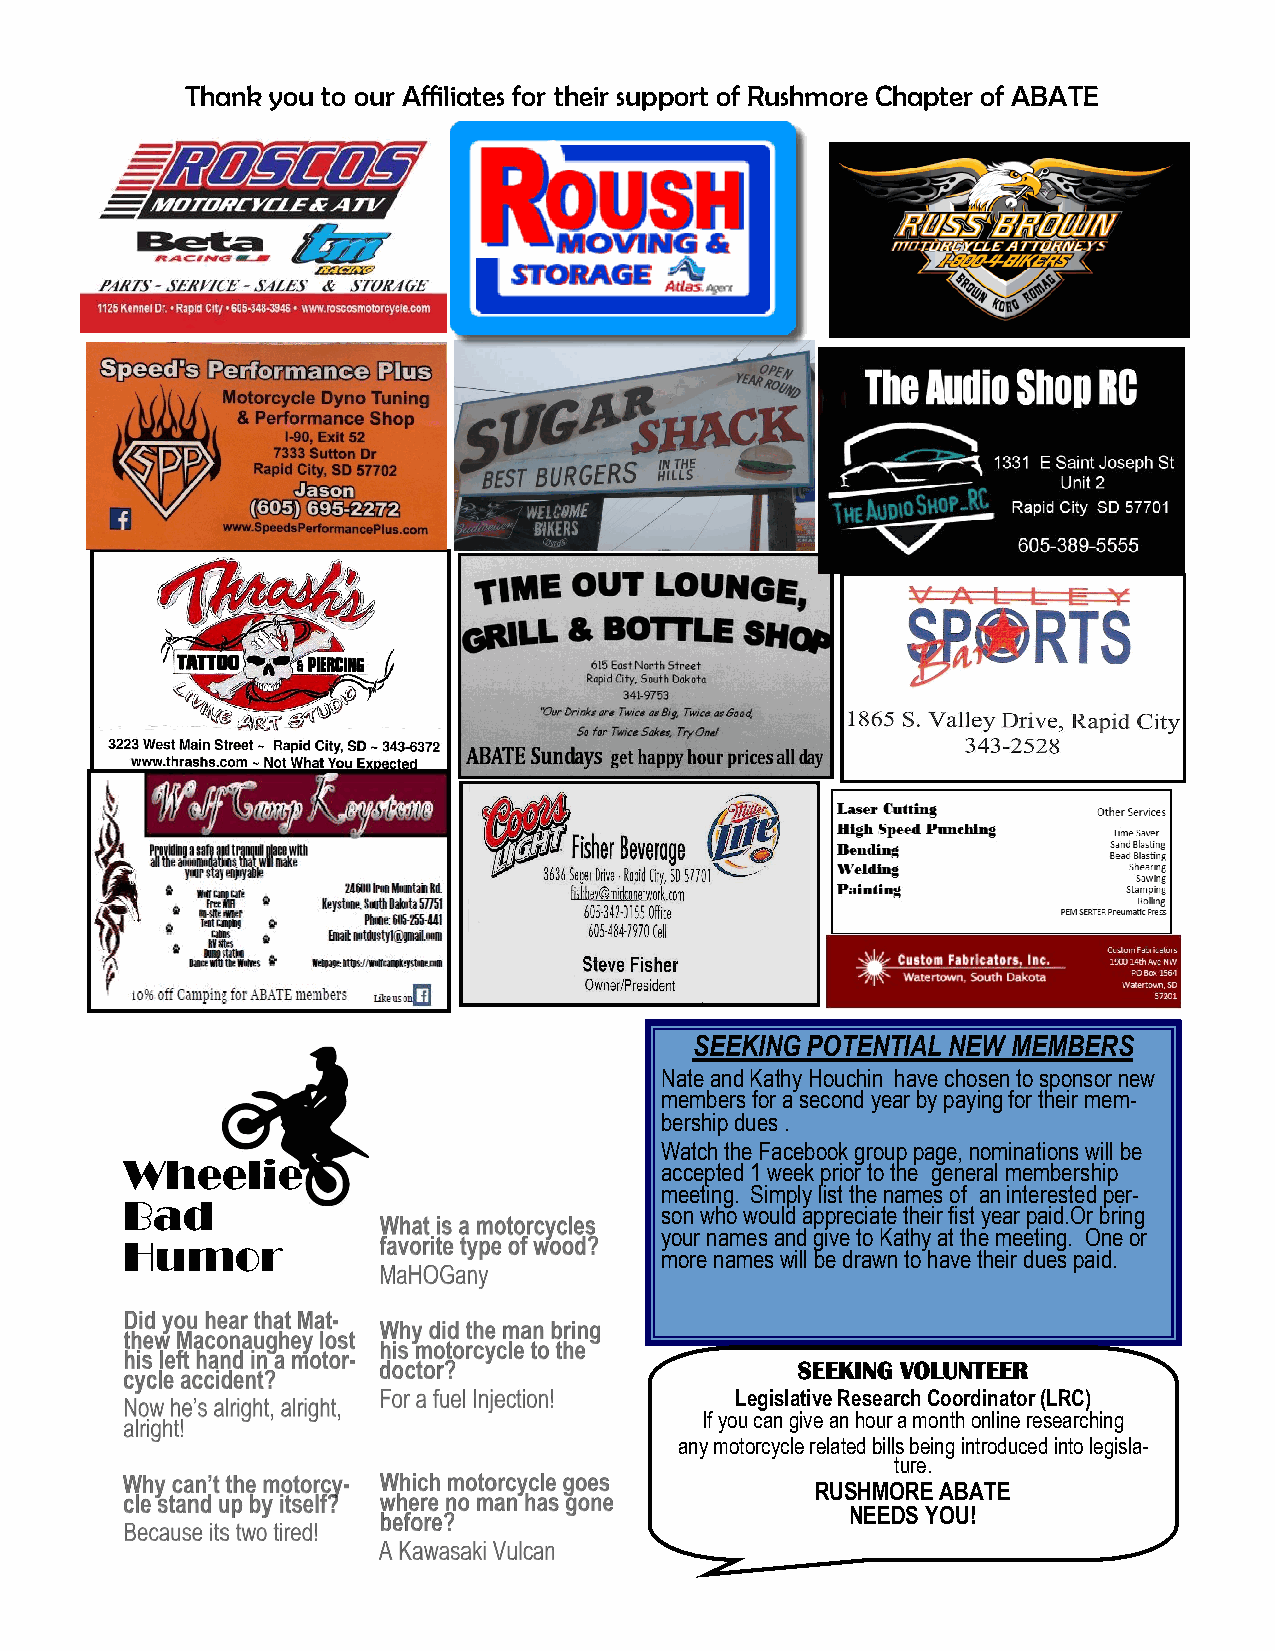
Thank you to our Affiliates for their support of Rushmore Chapter of ABATE
 SEEKING POTENTIAL NEW MEMBERS
 Nate and Kathy Houchin have chosen to sponsor new
 members for a second year by paying for their mem-
 bership dues .
 Watch the Facebook group page, nominations will be
 Wheelie
 accepted 1 week prior to the general membership
 Bad                                 meeting. Simply list the names of an interested per-
 son who would appreciate their fist year paid.Or bring
 Humor                               your names and give to Kathy at the meeting. One or
 more names will be drawn to have their dues paid.
 SEEKING VOLUNTEER
 Legislative Research Coordinator (LRC)
 If you can give an hour a month online researching
 any motorcycle related bills being introduced into legisla-
 ture.
 RUSHMORE ABATE
 NEEDS YOU!